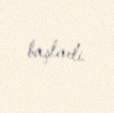
başladı.